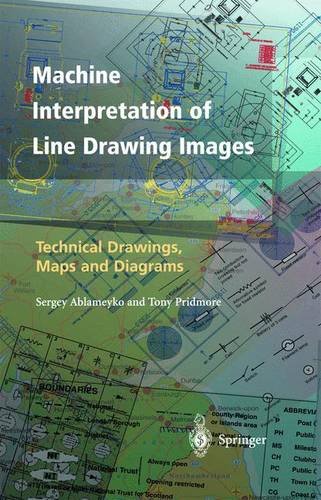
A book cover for Machine Interpretation of Line Drawing Images: Technical Drawings, Maps and Diagrams; Sergey Ablameyko; Computers & Technology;